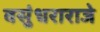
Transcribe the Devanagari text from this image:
वसुंधराराजे